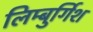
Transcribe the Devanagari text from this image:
लिम्बुर्गिश